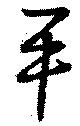
平